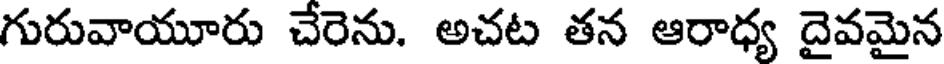
గురువాయూరు చేరెను. అచట తన ఆరాధ్య దైవమైన